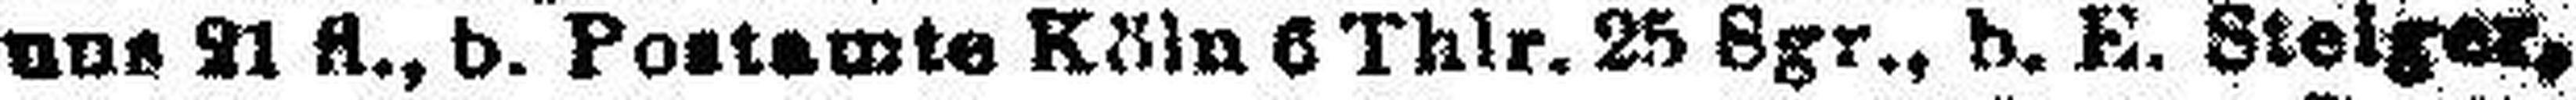
uns 21 fl., b. Postamte Köln 6 Thlr. 25 Sgr., b. E. Steiger,